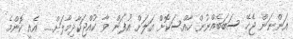
އަންނަން ޖެހޭ ސަބަބެއްނުން ހާއްސަކޮށް އަލަށް އުފަން ވާ ކުއްޖަކާދިމާލަށް..... އެއީ ކޮންމެ